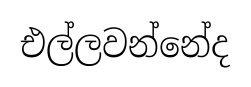
එල්ලවන්නේද